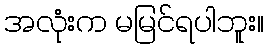
အလုံးက မမြင်ရပါဘူး။